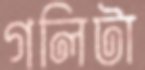
গলিটা